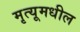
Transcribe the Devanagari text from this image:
मृत्यूमधील